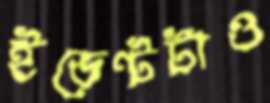
ইভেন্টটাও